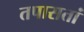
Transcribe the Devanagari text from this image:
तपासतां